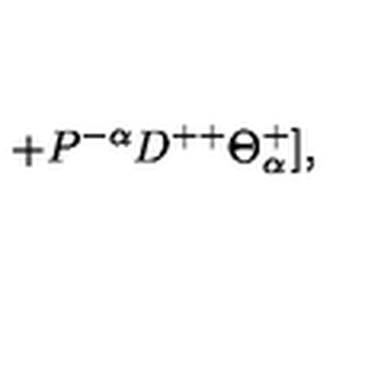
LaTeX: + P ^ { - \alpha } D ^ { + + } \Theta _ { \alpha } ^ { + } ] ,